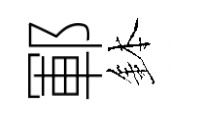
鄆鉢